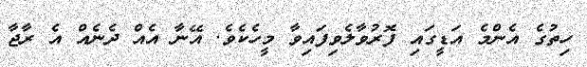
ހިތުގެ އެންމެ އަޑީގައި ފޮރުވާލެވިފައިވާ މީހެކެވެ. އޭނާ އެއް ދެނެއް އެ ރާޖާ